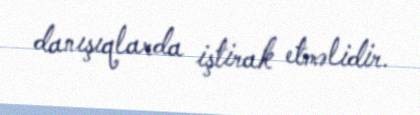
danışıqlarda iştirak etməlidir.